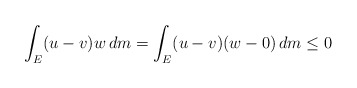
\begin{align*}\int_E(u-v)w\,dm =\int_E(u-v)(w-0)\,dm\le 0\end{align*}